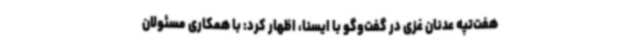
هفت‌تپه عدنان غزی در گفت‌وگو با ایسنا، اظهار کرد: با همکاری مسئولان